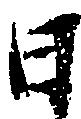
日